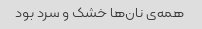
همه‌ی نان‌ها خشک و سرد بود